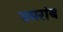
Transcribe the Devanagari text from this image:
भ्रमरांब